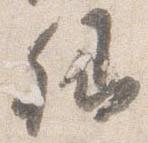
卿